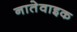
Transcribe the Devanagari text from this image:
नातेवाइक